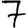
Digit: 7